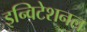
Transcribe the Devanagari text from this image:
इन्विटेशनल